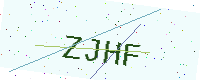
Text: ZJHF